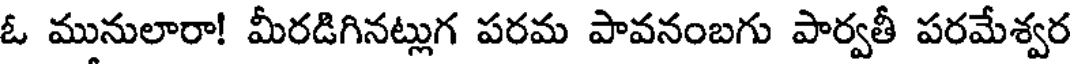
ఓ మునులారా! మీరడిగినట్లుగ పరమ పావనంబగు పార్వతీ పరమేశ్వర